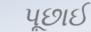
પૂછાઈ